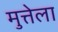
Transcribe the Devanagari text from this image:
मुत्तेला